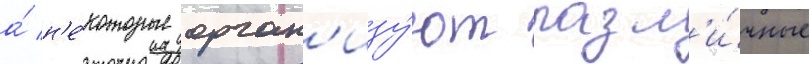
а́ н'е́которые орган'изу́ют разл'и́чные